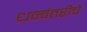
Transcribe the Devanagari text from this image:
धन्वंतरीचे